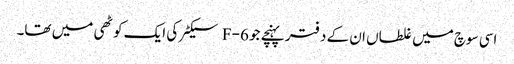
اسی سوچ میں غلطاں ان کے دفتر پہنچے جو F-6 سیکٹر کی ایک کوٹھی میں تھا۔